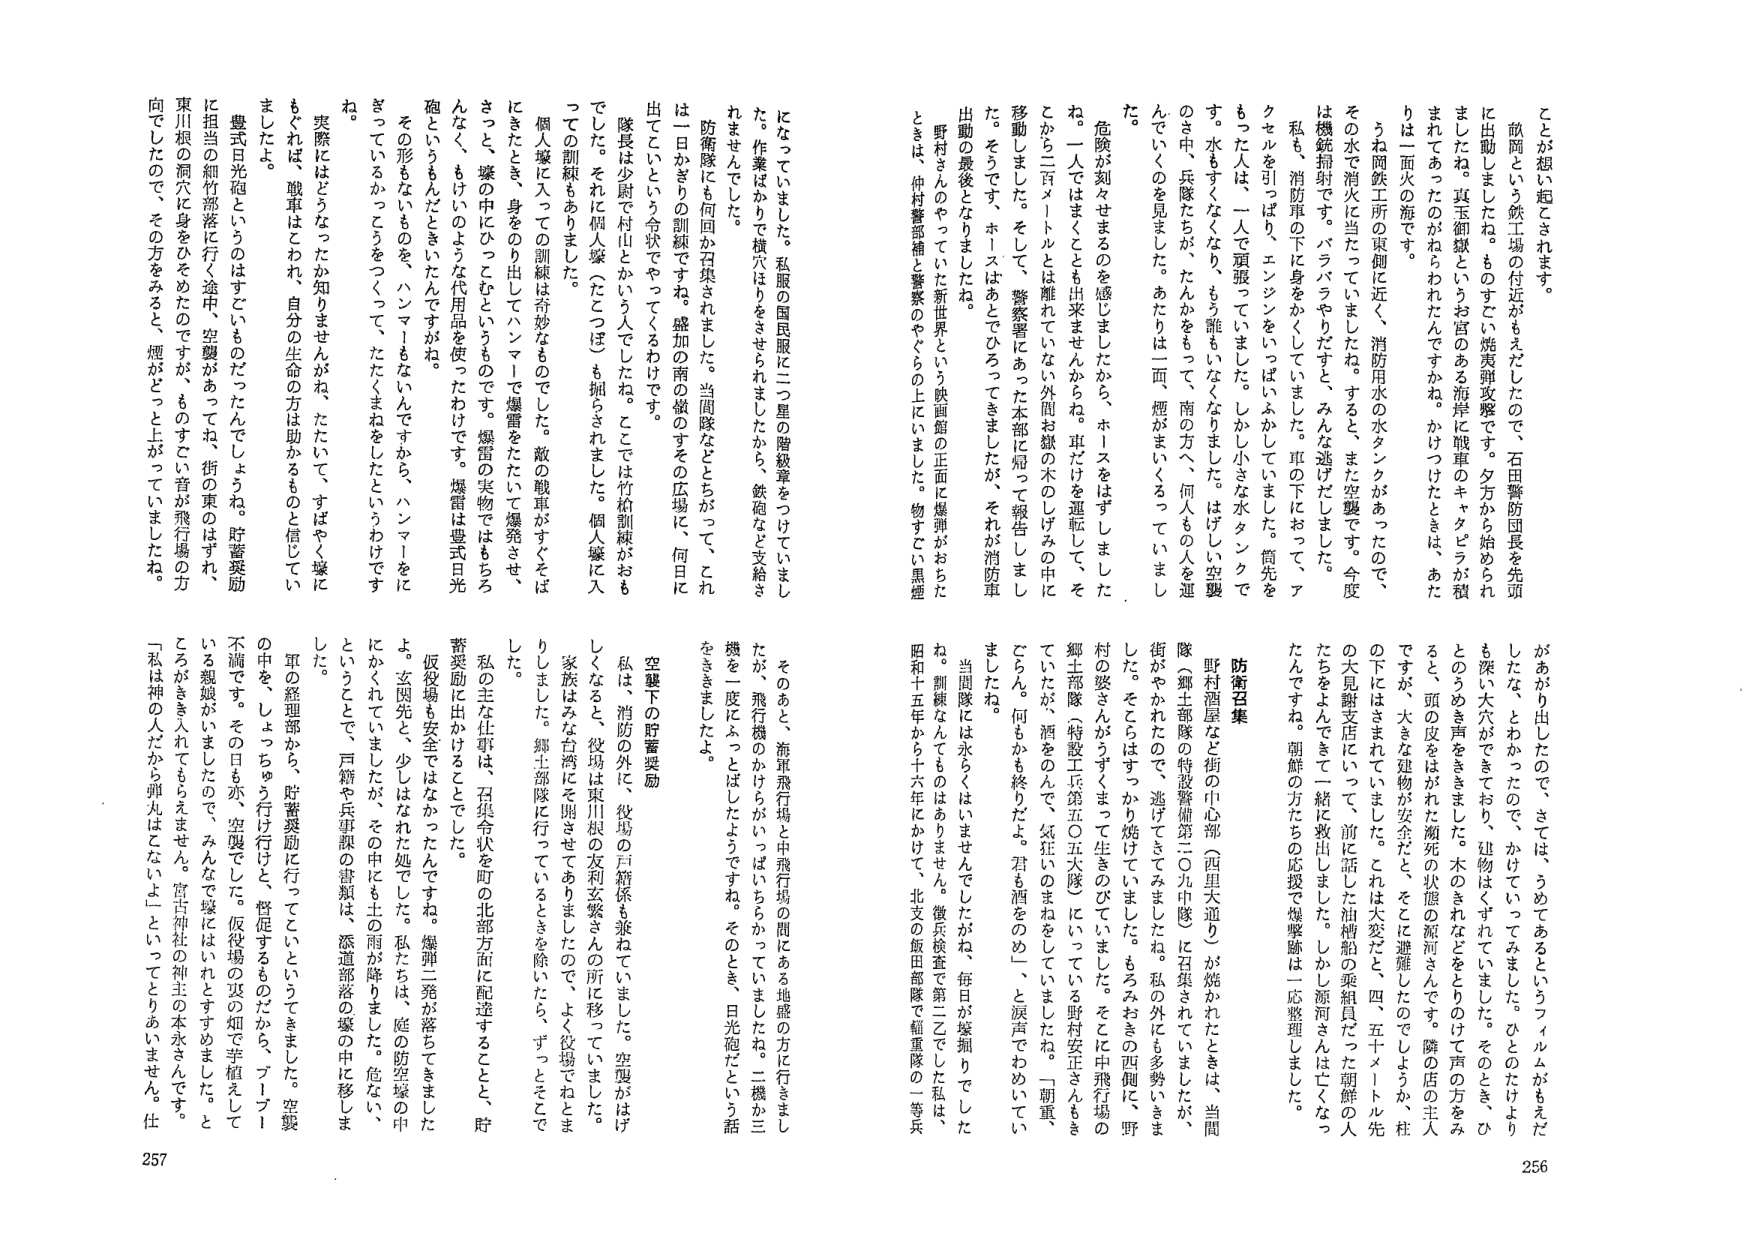
256
ことが想い起こされます。
敵団という鉄工場の付近がもえだしたので、石田警防団長を先頭
に出動しましたね。ものすごい焼夷弾攻撃です。夕方から始められ
ましたね。真玉御嶽というお宮のある海岸に戦車のキャタピラが積
まれてあったのですが、われたんですかね。かけつけたときは、あた
りは一面火の海です。
うね両鉄工所の東側に近く、消防用水の水タンクがあったので、
その水で消火に当たっていましたね。すると、また空襲です。今度
は機銃掃射です。バラバラやんだすと、みんな逃げだしました。
私も、消防車の下に身をかくしていました。車の下にあって、ア
クセルを引っぱり、エンジンをいっぱいふかしていました。筒先を
もった人は、一人で頑張っています。しかし小さな水タンクで
す。水もすくなくなり、もう誰もいなくなりました。はげしい空襲
のさ中、兵隊たちが、たんかをもって、南の方へ、何人もの人を運
んでいくのを見ました。あたりは二面、煙がまいくるっていまし
た。
危険が刻々せまるのを感じましたから、ホースをはずしました
ね。一人ではまくことも出来ませんからね。車だけを運転して、そ
こから二百メートルとは離れていない外閑お縁の木のしげみの中に
移動しました。そして、警察署にあった本部に知ったと報告しまし
た。そうです、ホースはあっでひろってきましたが、それが消防車
出動の最後となりましたね。
野村さんのやっていた新世界という映画館の正面に爆弾がおちた
ときは、仲村警部補と警察のやくらの上にいました。物すごい黒煙
があがり出したので、さては、うめてあるというフィルムがもえだ
したな、とわかったので、かけていってみました。ひとのたけより
も深い大穴ができており、建物はくずれていました。そのとき、ひ
とのうめき声をききました。木のきれなどをとりのけて声の方をみ
ると、頭の皮をはがれた瀕死の状態の源河さんです。隣の店の主人
ですが、大きな建物が安全だと、そこに避難したのでしたが、柱
の下にはさまれていました。これは大変だと、四、五十メートル先
の大見鮨支店にいって、前に話した油槽船の乗組員だった朝鮮の人
たちをよんできて一緒に救出しました。しかし源河さんは亡くなっ
たんですね。朝鮮の方たちの応援で爆撃跡は一応整理しました。

防衛召集
野村酒屋など街の中心部（西里大通り）が焼かれたときは、当間
隊（郷土部隊の特設警備第二〇九中隊）に召集されていましたが、
街がやかれたので、逃げてきてしまいました。私の外にも多勢いきま
した。そこらはすっかり焼けていました。もろみおさの西側に野
村の悠さんがずくまって生きのびていました。そこに中飛行場の
郷土部隊（特設工兵第五〇五大隊）にいっている野村安正さんもき
ていたが、酒をのんで、気狂いのまねをしていましたね。「朝軍、
こちらん。何もかも終りだよ。君も酒をのめ」と涙声でわめいてい
ましたね。
当間隊には永らくはいませんでしたが、毎日が塚掘りでした
ね。訓練なんてものはありません。徴兵検査で第二乙でした私は、
昭和十五年から十六年にかけて、北支の飯田部隊で軽重隊の等兵

257
になっています。私服の国民服に二つ星の階級章をつけていました
た。作業ばかりで横穴をりをさせられましたから、鉄砲など支給さ
れませんでした。
防衛隊にも何回か召集されました。当間隊などとちがって、これ
は一日かきりの訓練ですね。盛加の南の嶺のすその広場に、何日に
出てこいという令状でやってくるわけです。
隊長は尉で村山とかいう人でしたね。ここでは竹槍訓練がおも
でした。それに個人壕（たこつぼ）も掘らされました。個人壕に入
っての訓練もありました。
個人壕に入ってるの訓練は奇妙なものでした。敵の戦車がすそをば
にきたとき、身をのり出してハンマーで爆雷をたたいて爆発させ、
さっと、壕の中にひつてむというものです。爆雷の実物ではもちろ
んなく、もけいのような代用品を使ったわけです。爆雷は豊式日光
砲というもんだときいたんですがね。
その形もなにものを、ハンマーもないんですから、ハンマーをに
ぎっているかってうをつくって、たたくまねをしたというわけです
ね。
実際にはどうなったか知りませんがね、たたいて、すばやく壕に
もぐれば、戦車はとわれ、自分の生命の方は助かるものと信じてい
ましたよ。
豊式日光砲というのはすごいものだったんでしょうね。貯蓄奨励
に担当の細竹部潜に行く途中、空襲があってね、街の東のはずれ、
東川根の洞穴に身をひそめたのですが、ものすごい音が飛行場の方
向でしたので、その方をみると、煙がどっと上がっていましたね。

そのあと、海軍飛行場と中飛行場の間にある地蔵の方に行きまし
たが、飛行機のかけらかいっぱいちらかっていましたね。二機か三
機を一度にふっとしたようですね。そのとき、日光砲だという話
をききました。

空襲下の貯蓄奨励
私は、消防の外に、役場の戸籍係も兼ねていました。空襲がはげ
しくなると、役場は東川根の友利玄繁さんの所に移っていました。
家族はみな台湾にそ開させてありましたので、よく役場でねとま
りしました。郷土部隊に行っているときを除いたら、ずっとそこで
した。
私の主な仕事は、召集令状を町の北部方面に配達することと、貯
蓄奨励に出かけることでした。
仮役場も安全ではなかったんですね。爆弾二発が落ちてきました
よ。玄関先と、少しはなれた処でした。私たちは、庭の防空壕の中
にかくれていましたが、その中にも土の雨が降りました。危ない、
ということで、戸籍や兵事課の書類は、添道部落の壕の中に移しま
した。
軍の経理部から、貯蓄奨励に行っているといつてきました。空襲
の中を、しょっちゅう行け行けと、督促するものだから、ブーブー
不満です。その日も亦、空襲でした。仮役場の災の畑で芋植えして
いる親娘がいましたので、みんなで壕にはいれとすすめました。と
ころがきき入れてもらえません。宮古神社の神主の本永さんです。
「私は神の人だから弾丸はこないよ」といってとりあえずません。仕